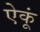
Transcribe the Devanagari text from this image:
ऐकूं